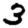
Digit: 3